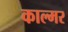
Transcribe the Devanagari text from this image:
काल्मर